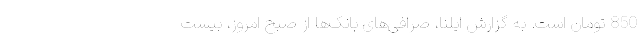
850 تومان است. به گزارش ایلنا، صرافی‌های بانک‌ها از صبح امروز، بیست